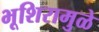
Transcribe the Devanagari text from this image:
भूशिरामुळे